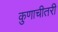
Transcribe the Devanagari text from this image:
कुणाचीतरी